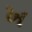
ખ